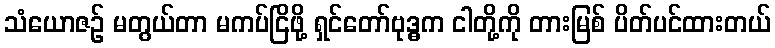
သံယောဇဉ် မတွယ်တာ မကပ်ငြိဖို့ ရှင်တော်ဗုဒ္ဓက ငါတို့ကို တားမြစ် ပိတ်ပင်ထားတယ်